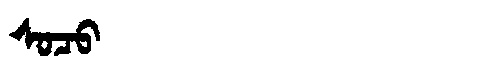
Manchu: ᠰᠣᠴᠣ
Romanization: SOCO